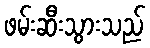
ဖမ်းဆီးသွားသည်